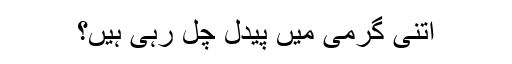
اتنی گرمی میں پیدل چل رہی ہیں؟